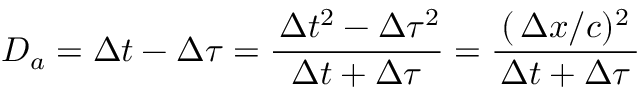
D _ { a } = \Delta t - \Delta \tau = \frac { \, \Delta t ^ { 2 } - \Delta \tau ^ { 2 } } { \Delta t + \Delta \tau } = \frac { ( \, \Delta x / c ) ^ { 2 } } { \, \Delta t + \Delta \tau \, }